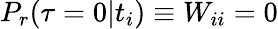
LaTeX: P_{r}(\tau=0|t_{i})\equiv W_{ii}=0